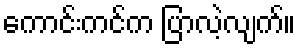
ကောင်းကင်က ပြာလဲ့လျက်။